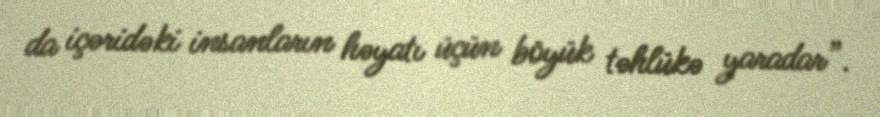
da içəridəki insanların həyatı üçün böyük təhlükə yaradar”.